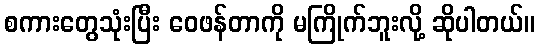
စကားတွေသုံးပြီး ဝေဖန်တာကို မကြိုက်ဘူးလို့ ဆိုပါတယ်။